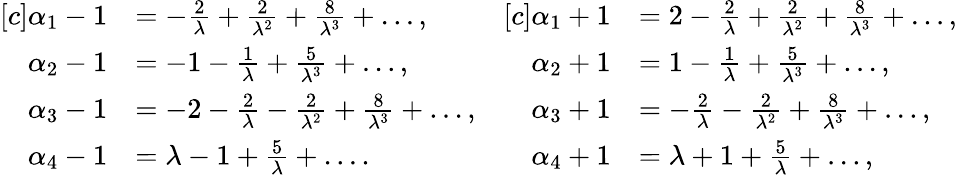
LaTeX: \begin{array}{rl}{[c]\alpha_{1}-1}&{=-\frac{2}{\lambda}+\frac{2}{\lambda^{2}}+\frac{8}{\lambda^{3}}+\dots,}\\ {\alpha_{2}-1}&{=-1-\frac{1}{\lambda}+\frac{5}{\lambda^{3}}+\dots,}\\ {\alpha_{3}-1}&{=-2-\frac{2}{\lambda}-\frac{2}{\lambda^{2}}+\frac{8}{\lambda^{3}}+\dots,}\\ {\alpha_{4}-1}&{=\lambda-1+\frac{5}{\lambda}+\dots.}\end{array}\quad\begin{array}{rl}{[c]\alpha_{1}+1}&{=2-\frac{2}{\lambda}+\frac{2}{\lambda^{2}}+\frac{8}{\lambda^{3}}+\dots,}\\ {\alpha_{2}+1}&{=1-\frac{1}{\lambda}+\frac{5}{\lambda^{3}}+\dots,}\\ {\alpha_{3}+1}&{=-\frac{2}{\lambda}-\frac{2}{\lambda^{2}}+\frac{8}{\lambda^{3}}+\dots,}\\ {\alpha_{4}+1}&{=\lambda+1+\frac{5}{\lambda}+\dots,}\end{array}